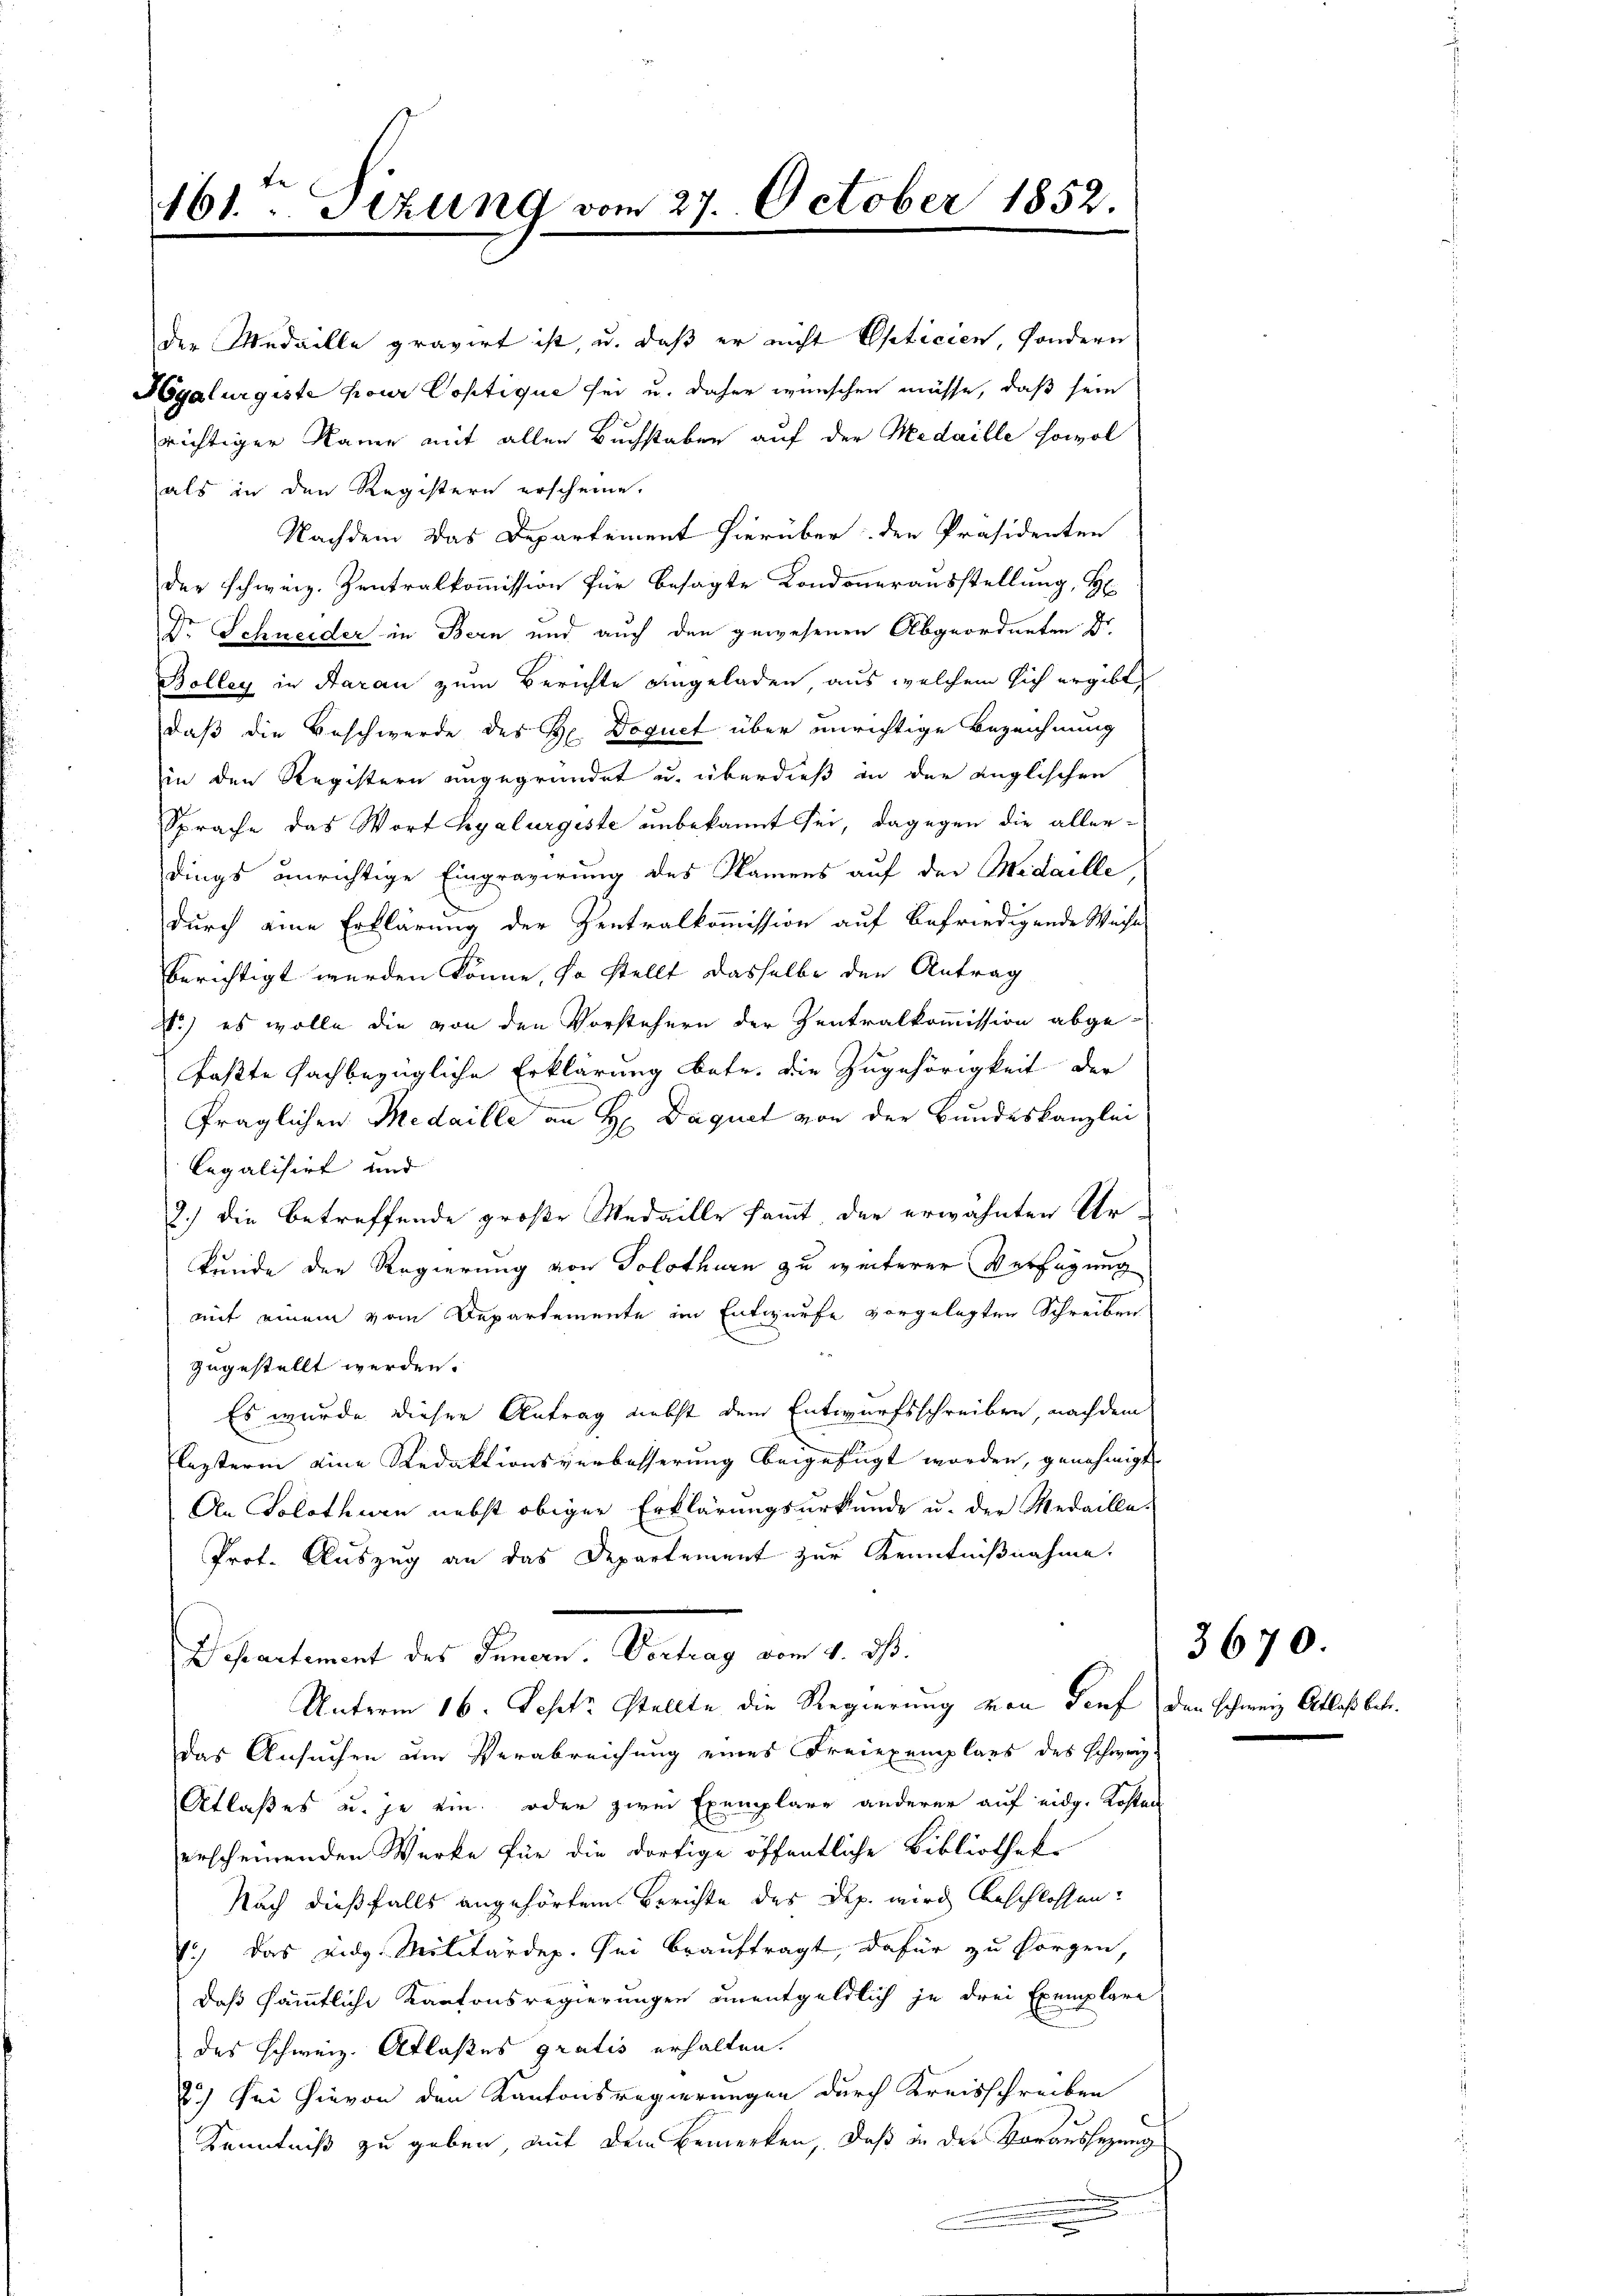
e
161.  Sizung vom 27. October 1852.

der Medaille gravirt ist, u. daß er nicht Opticien, sondern
Hgalurgeste pour Coptique sei u. daher wünschen müsse, daß sein
richtiger Name mit allen Buchstaben auf der Medaille sowol
als in den Registern erscheine.
Nachdem das Departement hierüber den Präsidenten
der schweiz. Zentralkommission für besagte Londonerausstellung, H
Dr. Schneider in Bern und auch den gewesenen Abgeordneten Dr.
Bolleg in Aaran zum Berichte eingeladen, aus welchem sich ergibt,
daß die Beschwerde des H. Doquet über unrichtige Bezeichnung
in den Registern ungegründet u. überdieß in der englischen
Sprache das Wort Kyalurgeste unbekannt sei, dagegen die aller-
dings unrichtige Eingravirung des Namens auf der Medaille
durch eine Erklärung der Zentralkommission auf befriedigende Weiste
berichtigt werden könne, so stellt dasselbe den Antrag
No) es wolle die von den Vorstehern der Zentralkommission abge-
faßte fachbezügliche Erklärung betr. die Zugehörigkeit der
fraglichen Medaille an H Daquet von der Bundeskanzlei
legalisirt und
2.) Die betreffende große Medaille sammt der erwähnten Urkunde der Regierung von Solothurn zu weiterer Verfügung
mit einem vom Departemente im Entwurfe vorgelegten Schreiben
zugestellt werden.
Es wurde dieser Antrag nebst dem Entwurfsschreiben, nachdem
lesterin eine Redaktionsverbesserung beigefügt worden, genehmigt.
An Solothurn nebst obiger Erklärungsurkunde u. der Medailla-
Prot. Auszug an das Departement zur Kenntnißnahme.
Departement des Innern. Vortrag vom 4. dß.
Unterm 16. Septe stellte die Regierung von Dorf den Schweiz Atlas betr.
das Ansuchen um Verabreichung eines Freiexemplars des Schwer-
Otlaßes u. je ein oder zwei Exemplare anderer auf eidg. Kosten
erscheinenden Werke für die dortige öffentliche Bibliotheke
Nach dießfalls angehörtem Berichte des Dep. wird beschlossen.
1.) Das eidg. Militärdep. Sei beauftragt, dafür zu sorgen,
daß sämmtliche Kantonsregierungen unentgeldlich je drei Exemplare
des schweiz. Atlaßes gratis erhalten.
2.) Sei hievon den Kantonsregierungen durch Kreisschreiben
Kenntniß zu geben, mit dem Bemerken, daß in der Voraussezung

3670.